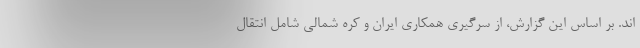
اند. بر اساس این گزارش، از سرگیری همکاری ایران و کره شمالی شامل انتقال